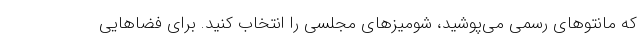
که مانتوهای رسمی می‌پوشید، شومیزهای مجلسی را انتخاب کنید. برای فضاهایی